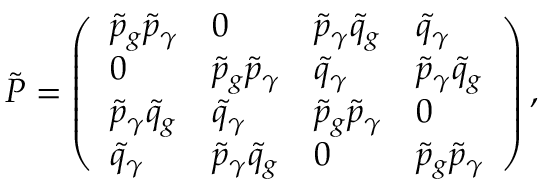
{ \tilde { P } } = \left( \begin{array} { l l l l } { \tilde { p } _ { g } \tilde { p } _ { \gamma } } & { 0 } & { \tilde { p } _ { \gamma } \tilde { q } _ { g } } & { \tilde { q } _ { \gamma } } \\ { 0 } & { \tilde { p } _ { g } \tilde { p } _ { \gamma } } & { \tilde { q } _ { \gamma } } & { \tilde { p } _ { \gamma } \tilde { q } _ { g } } \\ { \tilde { p } _ { \gamma } \tilde { q } _ { g } } & { \tilde { q } _ { \gamma } } & { \tilde { p } _ { g } \tilde { p } _ { \gamma } } & { 0 } \\ { \tilde { q } _ { \gamma } } & { \tilde { p } _ { \gamma } \tilde { q } _ { g } } & { 0 } & { \tilde { p } _ { g } \tilde { p } _ { \gamma } } \end{array} \right) ,